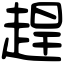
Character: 趕